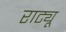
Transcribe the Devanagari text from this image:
राट्यू